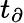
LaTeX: t_{\partial}